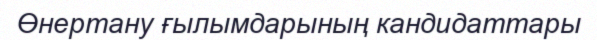
Өнертану ғылымдарының кандидаттары